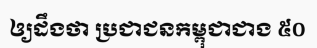
ឲ្យដឹងថា ប្រជាជនកម្ពុជាជាង ៥០